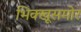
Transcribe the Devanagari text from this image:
भिक्खूसमोर